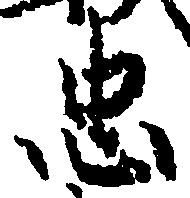
忠